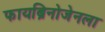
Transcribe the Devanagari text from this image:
फायब्रिनोजेनला